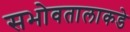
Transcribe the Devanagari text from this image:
सभोवतालाकडे